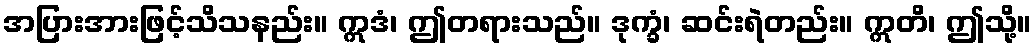
အပြားအားဖြင့်သိသနည်း။ ဣဒံ၊ ဤတရားသည်။ ဒုက္ခံ၊ ဆင်းရဲတည်း။ ဣတိ၊ ဤသို့။